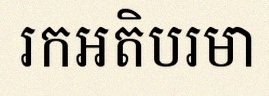
រកអតិបរមា